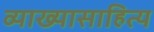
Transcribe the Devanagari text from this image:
व्याख्यासाहित्य